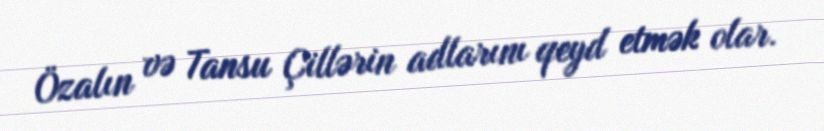
Özalın və Tansu Çillərin adlarını qeyd etmək olar.